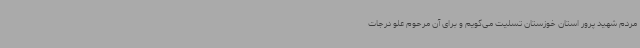
مردم شهید پرور استان خوزستان تسلیت می‌گویم و برای آن مرحوم علو درجات